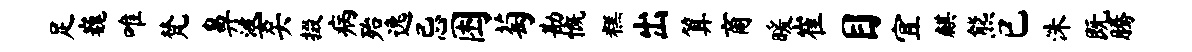
足巍唯梵鼻婆矢掇病殆逸忌困萄勘慨糕出算商暖崔目宜麒熊已洙既腾